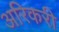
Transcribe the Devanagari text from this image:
अरिकरी